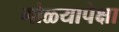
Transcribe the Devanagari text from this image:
गोळ्यापेक्षा